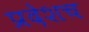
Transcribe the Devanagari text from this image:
प्रदेशच